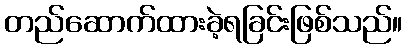
တည်ဆောက်ထားခဲ့ရခြင်းဖြစ်သည်။